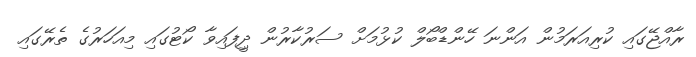
ރާއްޖޭގައި ކުރިއަރަމުން އަންނަ ހޭންޑްބޯލް ކުޅުމަށް ސަރުކާރުން ދިީފައިވާ ކޯޓުގައި މިއަހަރުގެ ތެރޭގައި